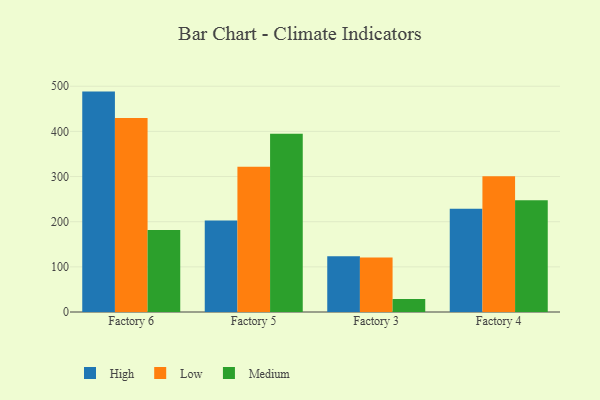
{"axis": {"x": "Factory", "y": "Bounce Rate (%)"}, "legend": ["High", "Low", "Medium"], "data": [{"x": "Factory 6", "y": 488.1, "type": "High"}, {"x": "Factory 6", "y": 429.4, "type": "Low"}, {"x": "Factory 6", "y": 181.5, "type": "Medium"}, {"x": "Factory 5", "y": 202.4, "type": "High"}, {"x": "Factory 5", "y": 321.5, "type": "Low"}, {"x": "Factory 5", "y": 394.7, "type": "Medium"}, {"x": "Factory 3", "y": 123.2, "type": "High"}, {"x": "Factory 3", "y": 120.8, "type": "Low"}, {"x": "Factory 3", "y": 28.6, "type": "Medium"}, {"x": "Factory 4", "y": 228.8, "type": "High"}, {"x": "Factory 4", "y": 300.6, "type": "Low"}, {"x": "Factory 4", "y": 247.4, "type": "Medium"}]}